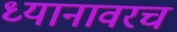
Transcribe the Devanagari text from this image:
ध्यानावरच